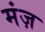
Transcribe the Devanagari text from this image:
मंज़